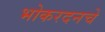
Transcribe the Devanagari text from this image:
भोकरदनचे